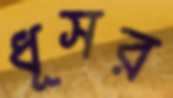
ধূসর